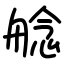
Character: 艌